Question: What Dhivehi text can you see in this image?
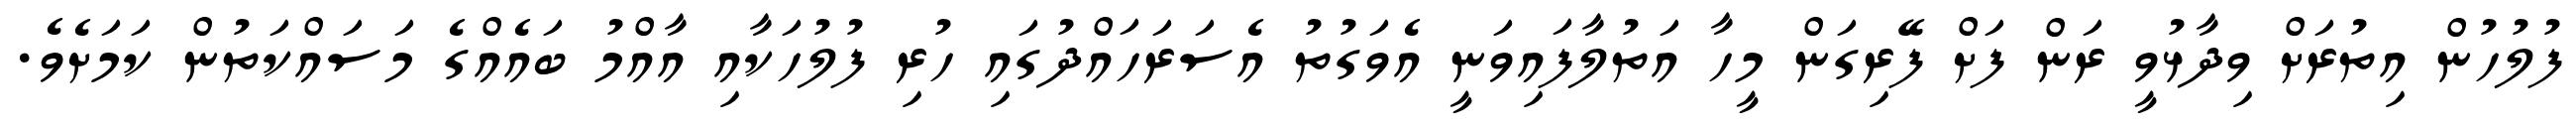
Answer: ފުލުހުން އިތުރަށް ވިދާޅުވީ ރަން ފަށް ފޭރިގަން މީހާ އަތުލާފައިވަނީ އެވަގުތު އެސަރަހައްދުގައި ހުރި ފުލުހަކާއި އާއްމު ބައެއްގެ މަސައްކަތުން ކަމަށެވެ.